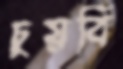
চুয়বি